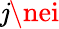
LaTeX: \mathit{j}\nei